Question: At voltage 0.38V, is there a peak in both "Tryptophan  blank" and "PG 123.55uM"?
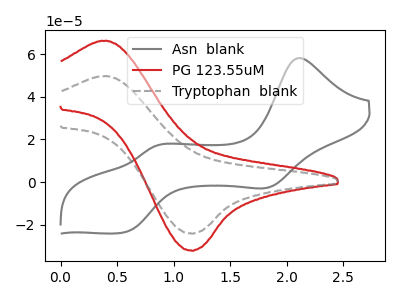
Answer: <think>The gray curve "Asn  blank" has anodic peaks at (2.10V, 58.15uA) (0.85V, 16.90uA) and cathodic peaks at (1.85V, -2.40uA) (0.55V, -23.65uA). The red curve "PG 123.55uM" has an anodic peak at (0.40V, 66.10uA) and a cathodic peak at (1.15V, -32.15uA). The gray dashed curve "Tryptophan  blank" has an anodic peak at (0.40V, 49.60uA) and a cathodic peak at (1.15V, -24.10uA).</think>
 <answer>Yes, "Tryptophan  blank" and "PG 123.55uM" share a peak at 0.38V.</answer>
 <eval>match</eval>